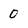
Character: 0